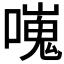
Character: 𠿯